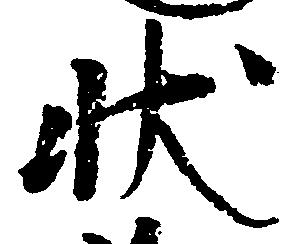
状